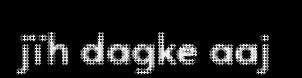
jïh dagke aaj